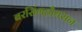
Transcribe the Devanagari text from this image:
बरसिंगहौयसन